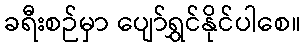
ခရီးစဉ်မှာ ပျော်ရွှင်နိုင်ပါစေ။